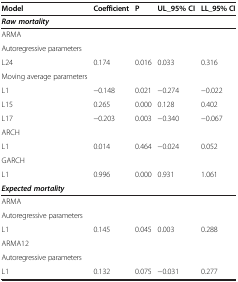
<table><thead><tr><td><b>Model</b></td><td><b>Coefficient</b></td><td><b>P</b></td><td><b>UL_95% CI</b></td><td><b>LL_95% CI</b></td></tr></thead><tbody><tr><td><b><i>Raw mortality</i></b></td><td>[EMPTY_CELL]</td><td>[EMPTY_CELL]</td><td>[EMPTY_CELL]</td><td>[EMPTY_CELL]</td></tr><tr><td>ARMA</td><td>[EMPTY_CELL]</td><td>[EMPTY_CELL]</td><td>[EMPTY_CELL]</td><td>[EMPTY_CELL]</td></tr><tr><td>Autoregressive parameters</td><td>[EMPTY_CELL]</td><td>[EMPTY_CELL]</td><td>[EMPTY_CELL]</td><td>[EMPTY_CELL]</td></tr><tr><td>L24</td><td>0.174</td><td>0.016</td><td>0.033</td><td>0.316</td></tr><tr><td>Moving average parameters</td><td>[EMPTY_CELL]</td><td>[EMPTY_CELL]</td><td>[EMPTY_CELL]</td><td>[EMPTY_CELL]</td></tr><tr><td>L1</td><td>−0.148</td><td>0.021</td><td>−0.274</td><td>−0.022</td></tr><tr><td>L15</td><td>0.265</td><td>0.000</td><td>0.128</td><td>0.402</td></tr><tr><td>L17</td><td>−0.203</td><td>0.003</td><td>−0.340</td><td>−0.067</td></tr><tr><td>ARCH</td><td>[EMPTY_CELL]</td><td>[EMPTY_CELL]</td><td>[EMPTY_CELL]</td><td>[EMPTY_CELL]</td></tr><tr><td>L1</td><td>0.014</td><td>0.464</td><td>−0.024</td><td>0.052</td></tr><tr><td>GARCH</td><td>[EMPTY_CELL]</td><td>[EMPTY_CELL]</td><td>[EMPTY_CELL]</td><td>[EMPTY_CELL]</td></tr><tr><td>L1</td><td>0.996</td><td>0.000</td><td>0.931</td><td>1.061</td></tr><tr><td><b><i>Expected mortality</i></b></td><td>[EMPTY_CELL]</td><td>[EMPTY_CELL]</td><td>[EMPTY_CELL]</td><td>[EMPTY_CELL]</td></tr><tr><td>ARMA</td><td>[EMPTY_CELL]</td><td>[EMPTY_CELL]</td><td>[EMPTY_CELL]</td><td>[EMPTY_CELL]</td></tr><tr><td>Autoregressive parameters</td><td>[EMPTY_CELL]</td><td>[EMPTY_CELL]</td><td>[EMPTY_CELL]</td><td>[EMPTY_CELL]</td></tr><tr><td>L1</td><td>0.145</td><td>0.045</td><td>0.003</td><td>0.288</td></tr><tr><td>ARMA12</td><td>[EMPTY_CELL]</td><td>[EMPTY_CELL]</td><td>[EMPTY_CELL]</td><td>[EMPTY_CELL]</td></tr><tr><td>Autoregressive parameters</td><td>[EMPTY_CELL]</td><td>[EMPTY_CELL]</td><td>[EMPTY_CELL]</td><td>[EMPTY_CELL]</td></tr><tr><td>L1</td><td>0.132</td><td>0.075</td><td>−0.031</td><td>0.277</td></tr></tbody></table>